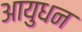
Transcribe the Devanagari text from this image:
आयुधन